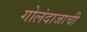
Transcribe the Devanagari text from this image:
गोलंदाजाची